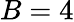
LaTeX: B=4